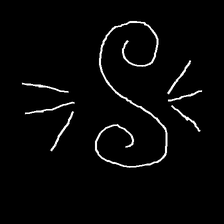
Glyph: wind-directs-air